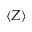
\langle Z \rangle